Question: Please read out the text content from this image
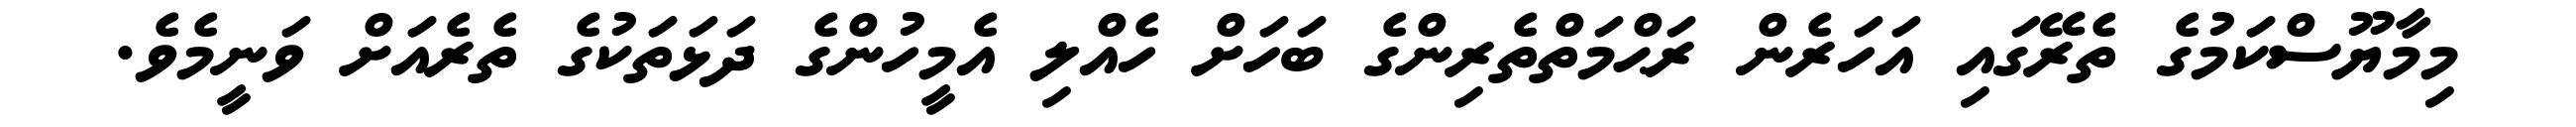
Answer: މިމާޔޫސްކަމުގެ ތެރޭގައި އަހަރެން ރަޙްމަތްތެރިންގެ ބަހަށް ހެއްލި އެމީހުންގެ ދަޅަތަކުގެ ތެރެއަށް ވަނީމެވެ.